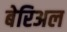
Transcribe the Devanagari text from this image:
बेरिअल